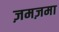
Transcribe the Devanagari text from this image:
ज़मज़मा